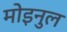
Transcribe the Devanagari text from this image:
मोइनुल